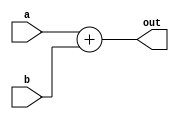
module pc_adder(input [31:0] a, b, output [31:0] out);
	reg [31:0] temp;
	always @(*) begin
		temp = a + b;
	end
	assign out =  temp;
endmodule